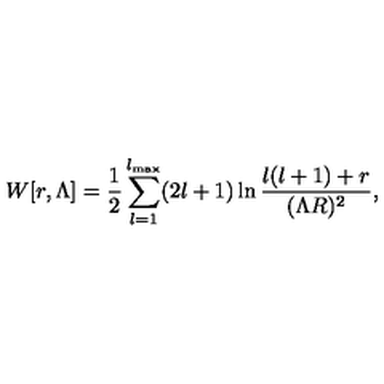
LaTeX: W [ r , \Lambda ] = { \frac { 1 } { 2 } } \sum _ { l = 1 } ^ { l _ { \mathrm { m a x } } } ( 2 l + 1 ) \ln { \frac { l ( l + 1 ) + r } { ( \Lambda R ) ^ { 2 } } } ,